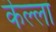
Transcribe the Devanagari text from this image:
कॆल्ला